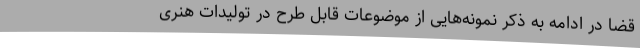
قضا در ادامه به ذکر نمونه‌هایی از موضوعات قابل طرح در تولیدات هنری